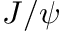
J / \psi